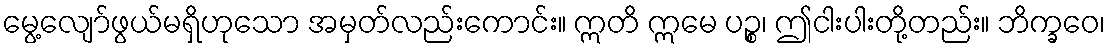
မွေ့လျော်ဖွယ်မရှိဟုသော အမှတ်လည်းကောင်း။ ဣတိ ဣမေ ပဉ္စ၊ ဤငါးပါးတို့တည်း။ ဘိက္ခဝေ၊